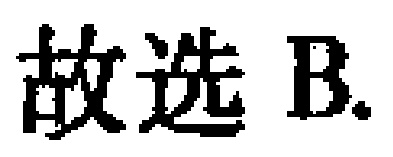
故选 B.